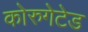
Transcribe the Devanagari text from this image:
कोरुगेटेड